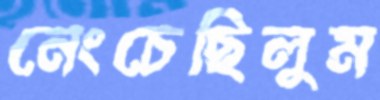
নেংচেছিলুম